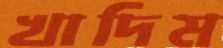
খাদিম